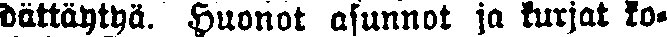
dättäytyä. Huonot asunnot ja kurjat ko-